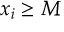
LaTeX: x _ { i } \geq M